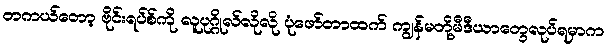
တကယ်တော့ ဗိုင်းရပ်စ်ကို လူပုဂ္ဂိုလ်လိုလို ပုံဖော်တာထက် ကျွန်မတို့မီဒီယာတွေလုပ်ရမှာက